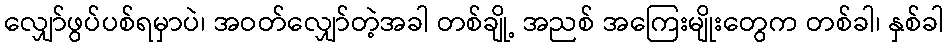
လျှော်ဖွပ်ပစ်ရမှာပဲ၊ အဝတ်လျှော်တဲ့အခါ တစ်ချို့ အညစ် အကြေးမျိုးတွေက တစ်ခါ၊ နှစ်ခါ